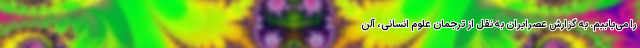
را می‌یابیم. به گزارش عصرایران به نقل از ترجمان علوم انسانی، آلن